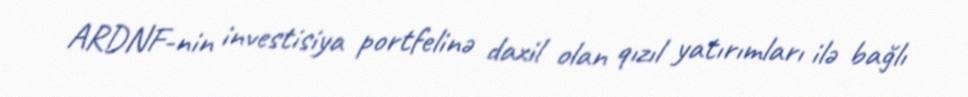
ARDNF-nin investisiya portfelinə daxil olan qızıl yatırımları ilə bağlı